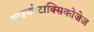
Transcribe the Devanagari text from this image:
माइकोटाक्सिकोजेज